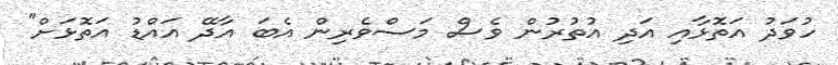
ހުވަދު އަތޮޅާއި އަދި އުތުރުން ވެސް މަސްވެރިން އެބަ އާދޭ އައްޑު އަަތޮޅަށް"